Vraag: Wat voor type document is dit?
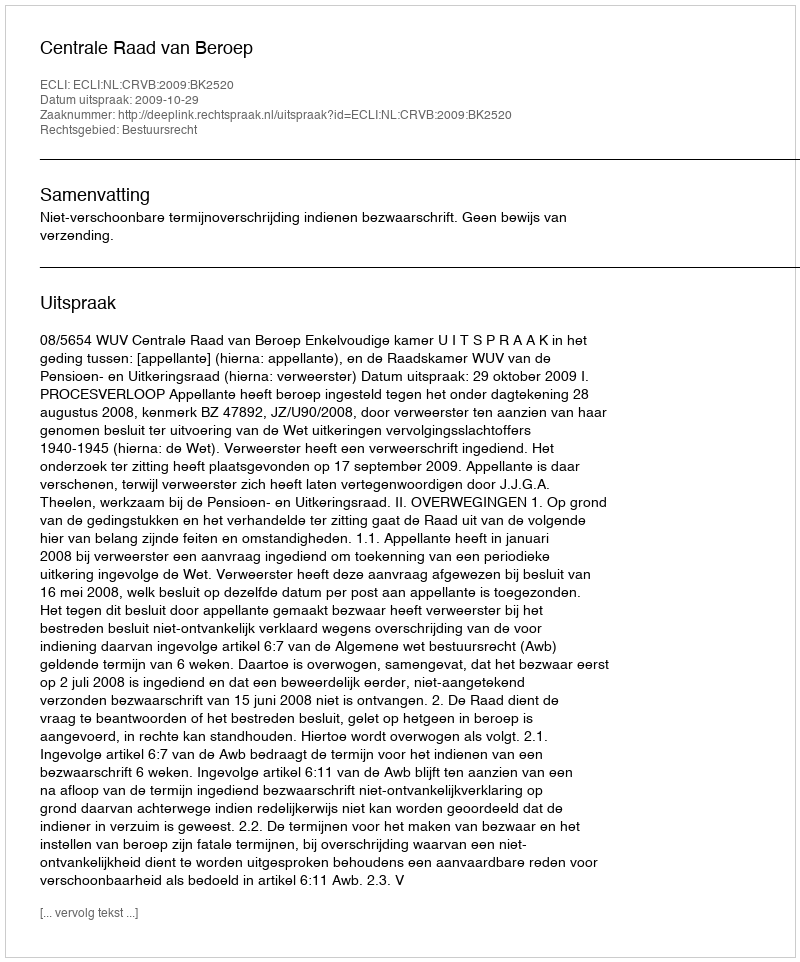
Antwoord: Uitspraak